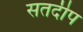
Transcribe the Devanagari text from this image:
सतदीप